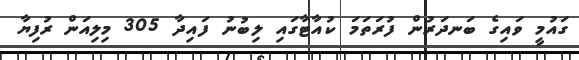
ގައުމީ ވައިގެ ބަނދަރުން ފުރަތަމަ ކުއާޓާގައި ލިބުނު ފައިދާ 305 މިލިއަން ރުފިޔާ